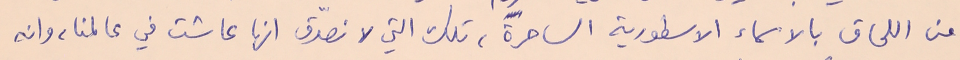
من اللحاق بالاسماء الاسطورية الساحرة، تلك التي لا نصدّق انها عاشت في عالمنا، وانه